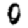
Digit: 0